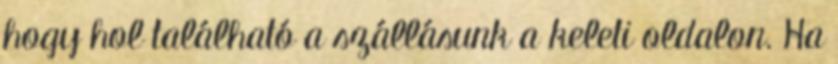
hogy hol található a szállásunk a keleti oldalon. Ha